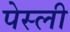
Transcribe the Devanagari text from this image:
पेस्ली